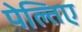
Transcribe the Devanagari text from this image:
पेल्तिए